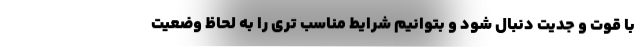
با قوت و جدیت دنبال شود و بتوانیم شرایط مناسب تری را به لحاظ وضعیت